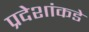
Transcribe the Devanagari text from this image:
प्रदेशांकडे